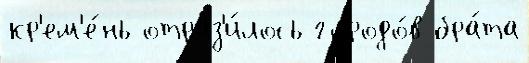
кр'ем'е́нь отраз'и́лось городо́в бра́та